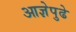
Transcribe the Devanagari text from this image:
आज्ञेपुढे